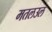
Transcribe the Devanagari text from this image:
मतलउल